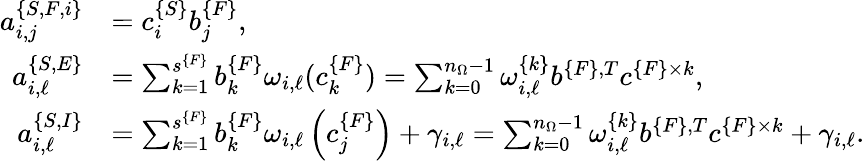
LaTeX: \begin{array}{rl}{a_{i,j}^{\{ S,F,i\} }}&{=c_{i}^{\{ S\} }b_{j}^{\{ F\} },}\\ {a_{i,\ell}^{\{ S,E\} }}&{=\sum_{k=1}^{s^{\{ F\} }}b_{k}^{\{ F\} }\omega_{i,\ell}(c_{k}^{\{ F\} })=\sum_{k=0}^{n_{\Omega}-1}\omega_{i,\ell}^{\{ k\} }b^{\{ F\} ,T}c^{\{ F\} \times k},}\\ {a_{i,\ell}^{\{ S,I\} }}&{=\sum_{k=1}^{s^{\{ F\} }}b_{k}^{\{ F\} }\omega_{i,\ell}\left(c_{j}^{\{ F\} }\right)+\gamma_{i,\ell}=\sum_{k=0}^{n_{\Omega}-1}\omega_{i,\ell}^{\{ k\} }b^{\{ F\} ,T}c^{\{ F\} \times k}+\gamma_{i,\ell}.}\end{array}